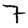
Digit: 7